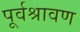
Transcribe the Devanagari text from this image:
पूर्वश्रावण